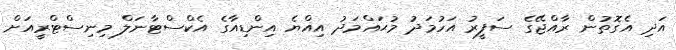
އަދި އެގޮތުން ރާއްޖޭގެ ސަފީރު އަހުމަދު މުޙައްމަދު އިއްޔެ އިންޑިއާގެ އެކްސްޓާނަލް މިނިސްޓްރީއަށް